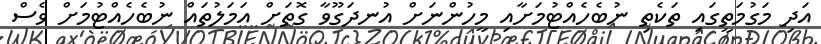
އަދި މަގުމަތީގައި ތަކެތި ނުބެހެއްޓުމަށާއި މީހުންނަށް އުނދަގޫވާ ގޮތަށް އަމަލުތައް ނުބެހެއްޓުމަށް ވެސް